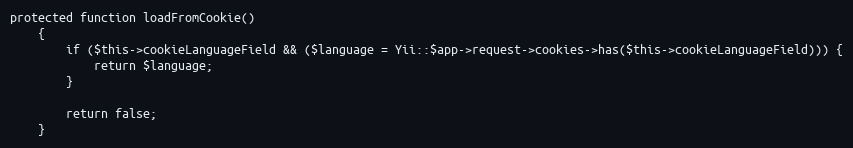
Language: PHP
protected function loadFromCookie()
    {
        if ($this->cookieLanguageField && ($language = Yii::$app->request->cookies->has($this->cookieLanguageField))) {
            return $language;
        }

        return false;
    }